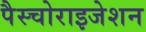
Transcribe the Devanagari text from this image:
पैस्चोराइजेशन